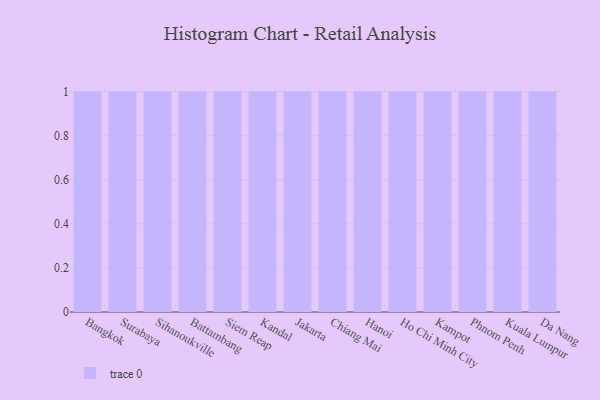
{"axis": {"x": "City", "y": "Humidity (%)"}, "legend": [""], "data": [{"x": "Bangkok", "y": 20, "type": ""}, {"x": "Surabaya", "y": 15, "type": ""}, {"x": "Sihanoukville", "y": 4, "type": ""}, {"x": "Battambang", "y": 36, "type": ""}, {"x": "Siem Reap", "y": 48, "type": ""}, {"x": "Kandal", "y": 78, "type": ""}, {"x": "Jakarta", "y": 22, "type": ""}, {"x": "Chiang Mai", "y": 58, "type": ""}, {"x": "Hanoi", "y": 51, "type": ""}, {"x": "Ho Chi Minh City", "y": 49, "type": ""}, {"x": "Kampot", "y": 53, "type": ""}, {"x": "Phnom Penh", "y": 59, "type": ""}, {"x": "Kuala Lumpur", "y": 20, "type": ""}, {"x": "Da Nang", "y": 16, "type": ""}]}